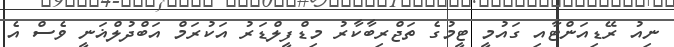
ނިއު ރޭޑިއަންޓާއި ގައުމީ ޓީމުގެ ތަޖްރިބާކާރު މިޑްފީލްޑަރު އަކުރަމް އަބްދުލްޣަނީ ވެސް އެ